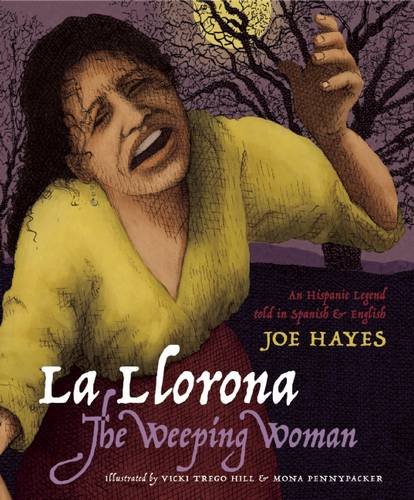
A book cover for La Llorona / The Weeping Woman (English and Spanish Edition); Joe Hayes; Children's Books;